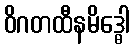
ဝိဂတထီနမိဒ္ဓေါ